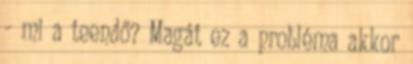
- mi a teendő? Magát ez a probléma akkor